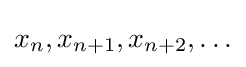
x_{n},x_{n+1},x_{n+2},\ldots